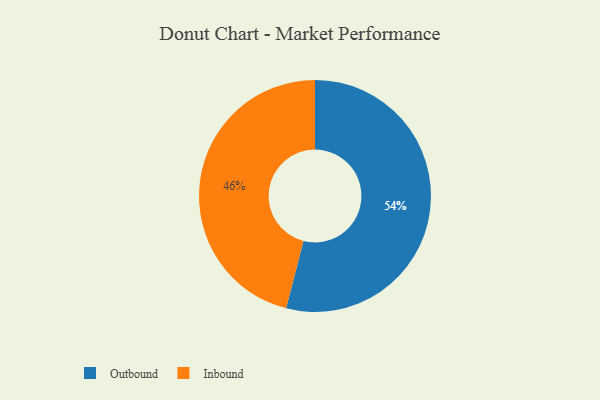
{"axis": {"x": "Category", "y": "Percentage"}, "legend": ["Inbound", "Outbound"], "data": [{"x": "Inbound", "y": 46, "type": "Inbound"}, {"x": "Outbound", "y": 54, "type": "Outbound"}]}